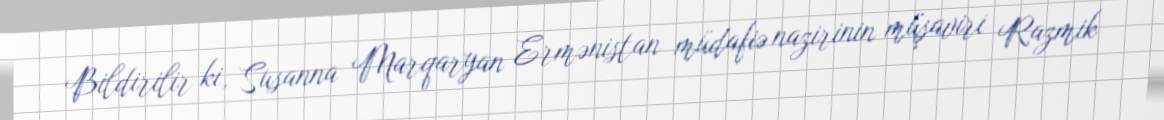
Bildirilir ki, Susanna Marqaryan Ermənistan müdafiə nazirinin müşaviri Razmik